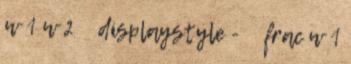
w 1 w 2 displaystyle - frac w 1